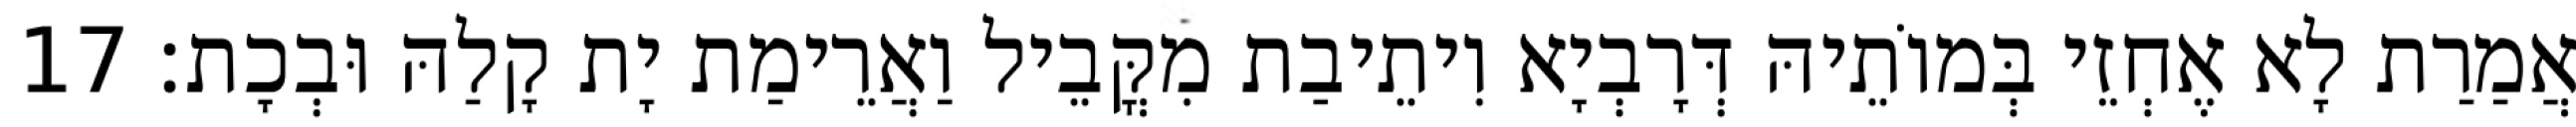
אֲמַרַת לָא אֶחְזֵי בְּמוֹתֵיהּ דְּרָבְיָא וִיתֵיבַת מִקֳּבֵיל וַאֲרֵימַת יָת קָלַהּ וּבְכָת׃ 17